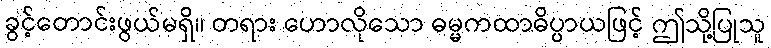
ခွင့်တောင်းဖွယ်မရှိ။ တရား ဟောလိုသော ဓမ္မကထာဓိပ္ပာယဖြင့် ဤသို့ပြုသူ